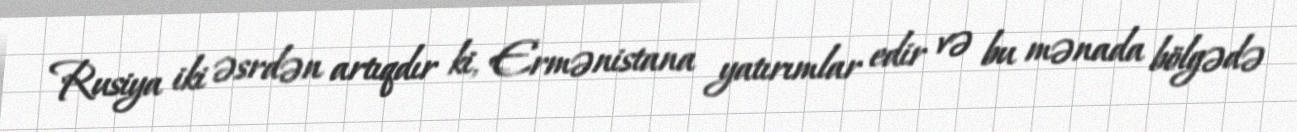
Rusiya iki əsrdən artıqdır ki, Ermənistana yatırımlar edir və bu mənada bölgədə